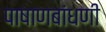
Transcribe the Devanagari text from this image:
पाषाणबांधणी